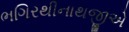
ભગિરથીનાથજીએ